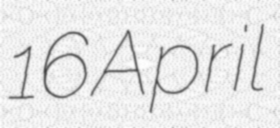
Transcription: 16 April